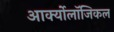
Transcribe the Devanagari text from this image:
आर्क्योलॉजिकल